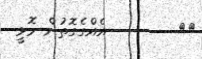
٦٢        އެއްގެގޮތުން މޮޅީ